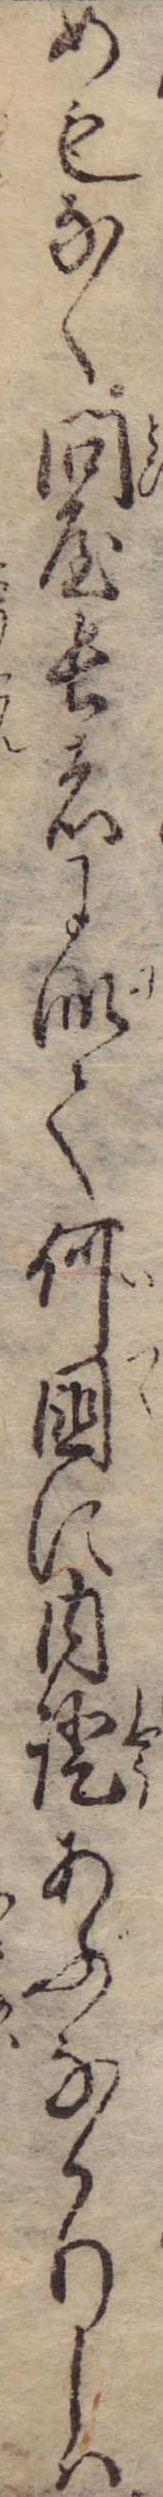
めもなく問屋長者に似て何国に内証あぶなかりしは